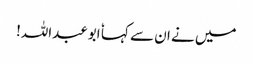
میں نے ان سے کہا ٗ ابوعبداللہ!